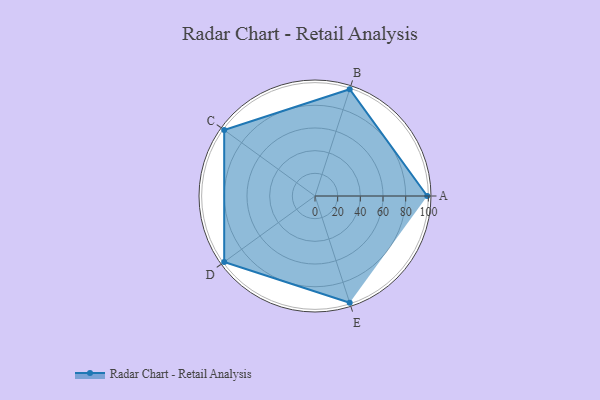
{"axis": {"x": "Skill", "y": "Score"}, "legend": ["Profile"], "data": [{"x": "A", "y": 99, "type": "Profile"}, {"x": "B", "y": 99, "type": "Profile"}, {"x": "C", "y": 99, "type": "Profile"}, {"x": "D", "y": 99, "type": "Profile"}, {"x": "E", "y": 99, "type": "Profile"}]}